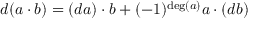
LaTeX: d ( a \cdot b ) = ( d a ) \cdot b + ( - 1 ) ^ { \deg ( a ) } a \cdot ( d b )